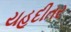
યહૂદીતર